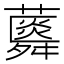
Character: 𧂌